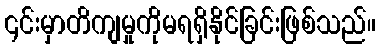
၎င်းမှာတိကျမှုကိုမရရှိနိုင်ခြင်းဖြစ်သည်။